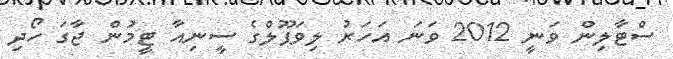
ސްޓާލިން ވަނީ 2012 ވަނަ އަހަރު ލިވަޕޫލްގެ ސީނިއާ ޓީމުން ޖާގަ ހޯދި